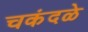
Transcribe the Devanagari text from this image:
चकंदळे